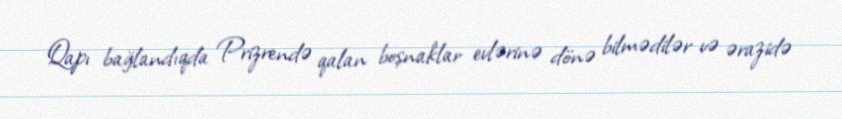
Qapı bağlandıqda Prizrendə qalan boşnaklar evlərinə dönə bilmədilər və ərazidə